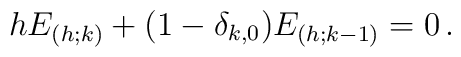
hE_{(h;k)} + (1-\delta_{k,0})E_{(h;k-1)} = 0\,.